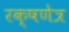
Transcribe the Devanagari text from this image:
रक्षणेत्र